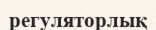
регуляторлық